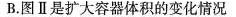
B.图Ⅱ是扩大容器体积的变化情况